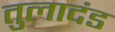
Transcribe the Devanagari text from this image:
तुलादंड